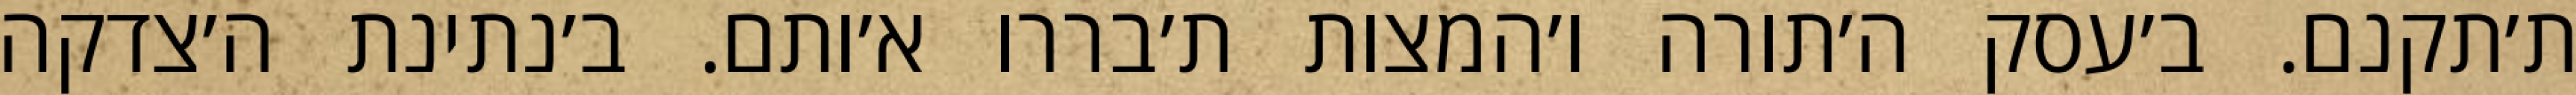
ת׳תקנם. ב׳עסק ה׳תורה ו׳המצות ת׳בררו א׳ותם. ב׳נתינת ה׳צדקה